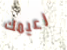
زعيمك